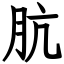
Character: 肮